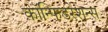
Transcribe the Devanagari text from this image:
कॉन्फिडरेशन्स